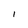
Character: l